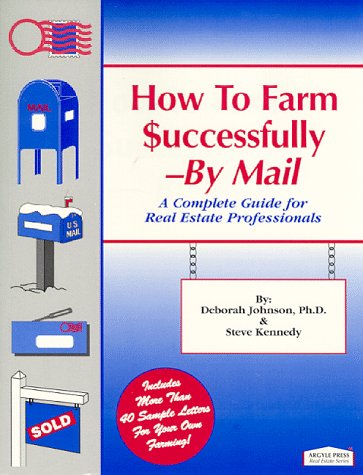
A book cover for How to Farm Successfully--By Mail; Deborah Johnson; Business & Money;